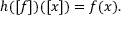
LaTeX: h ( [ f ] ) ( [ x ] ) = f ( x ) .